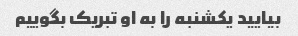
بیایید یکشنبه را به او تبریک بگوییم